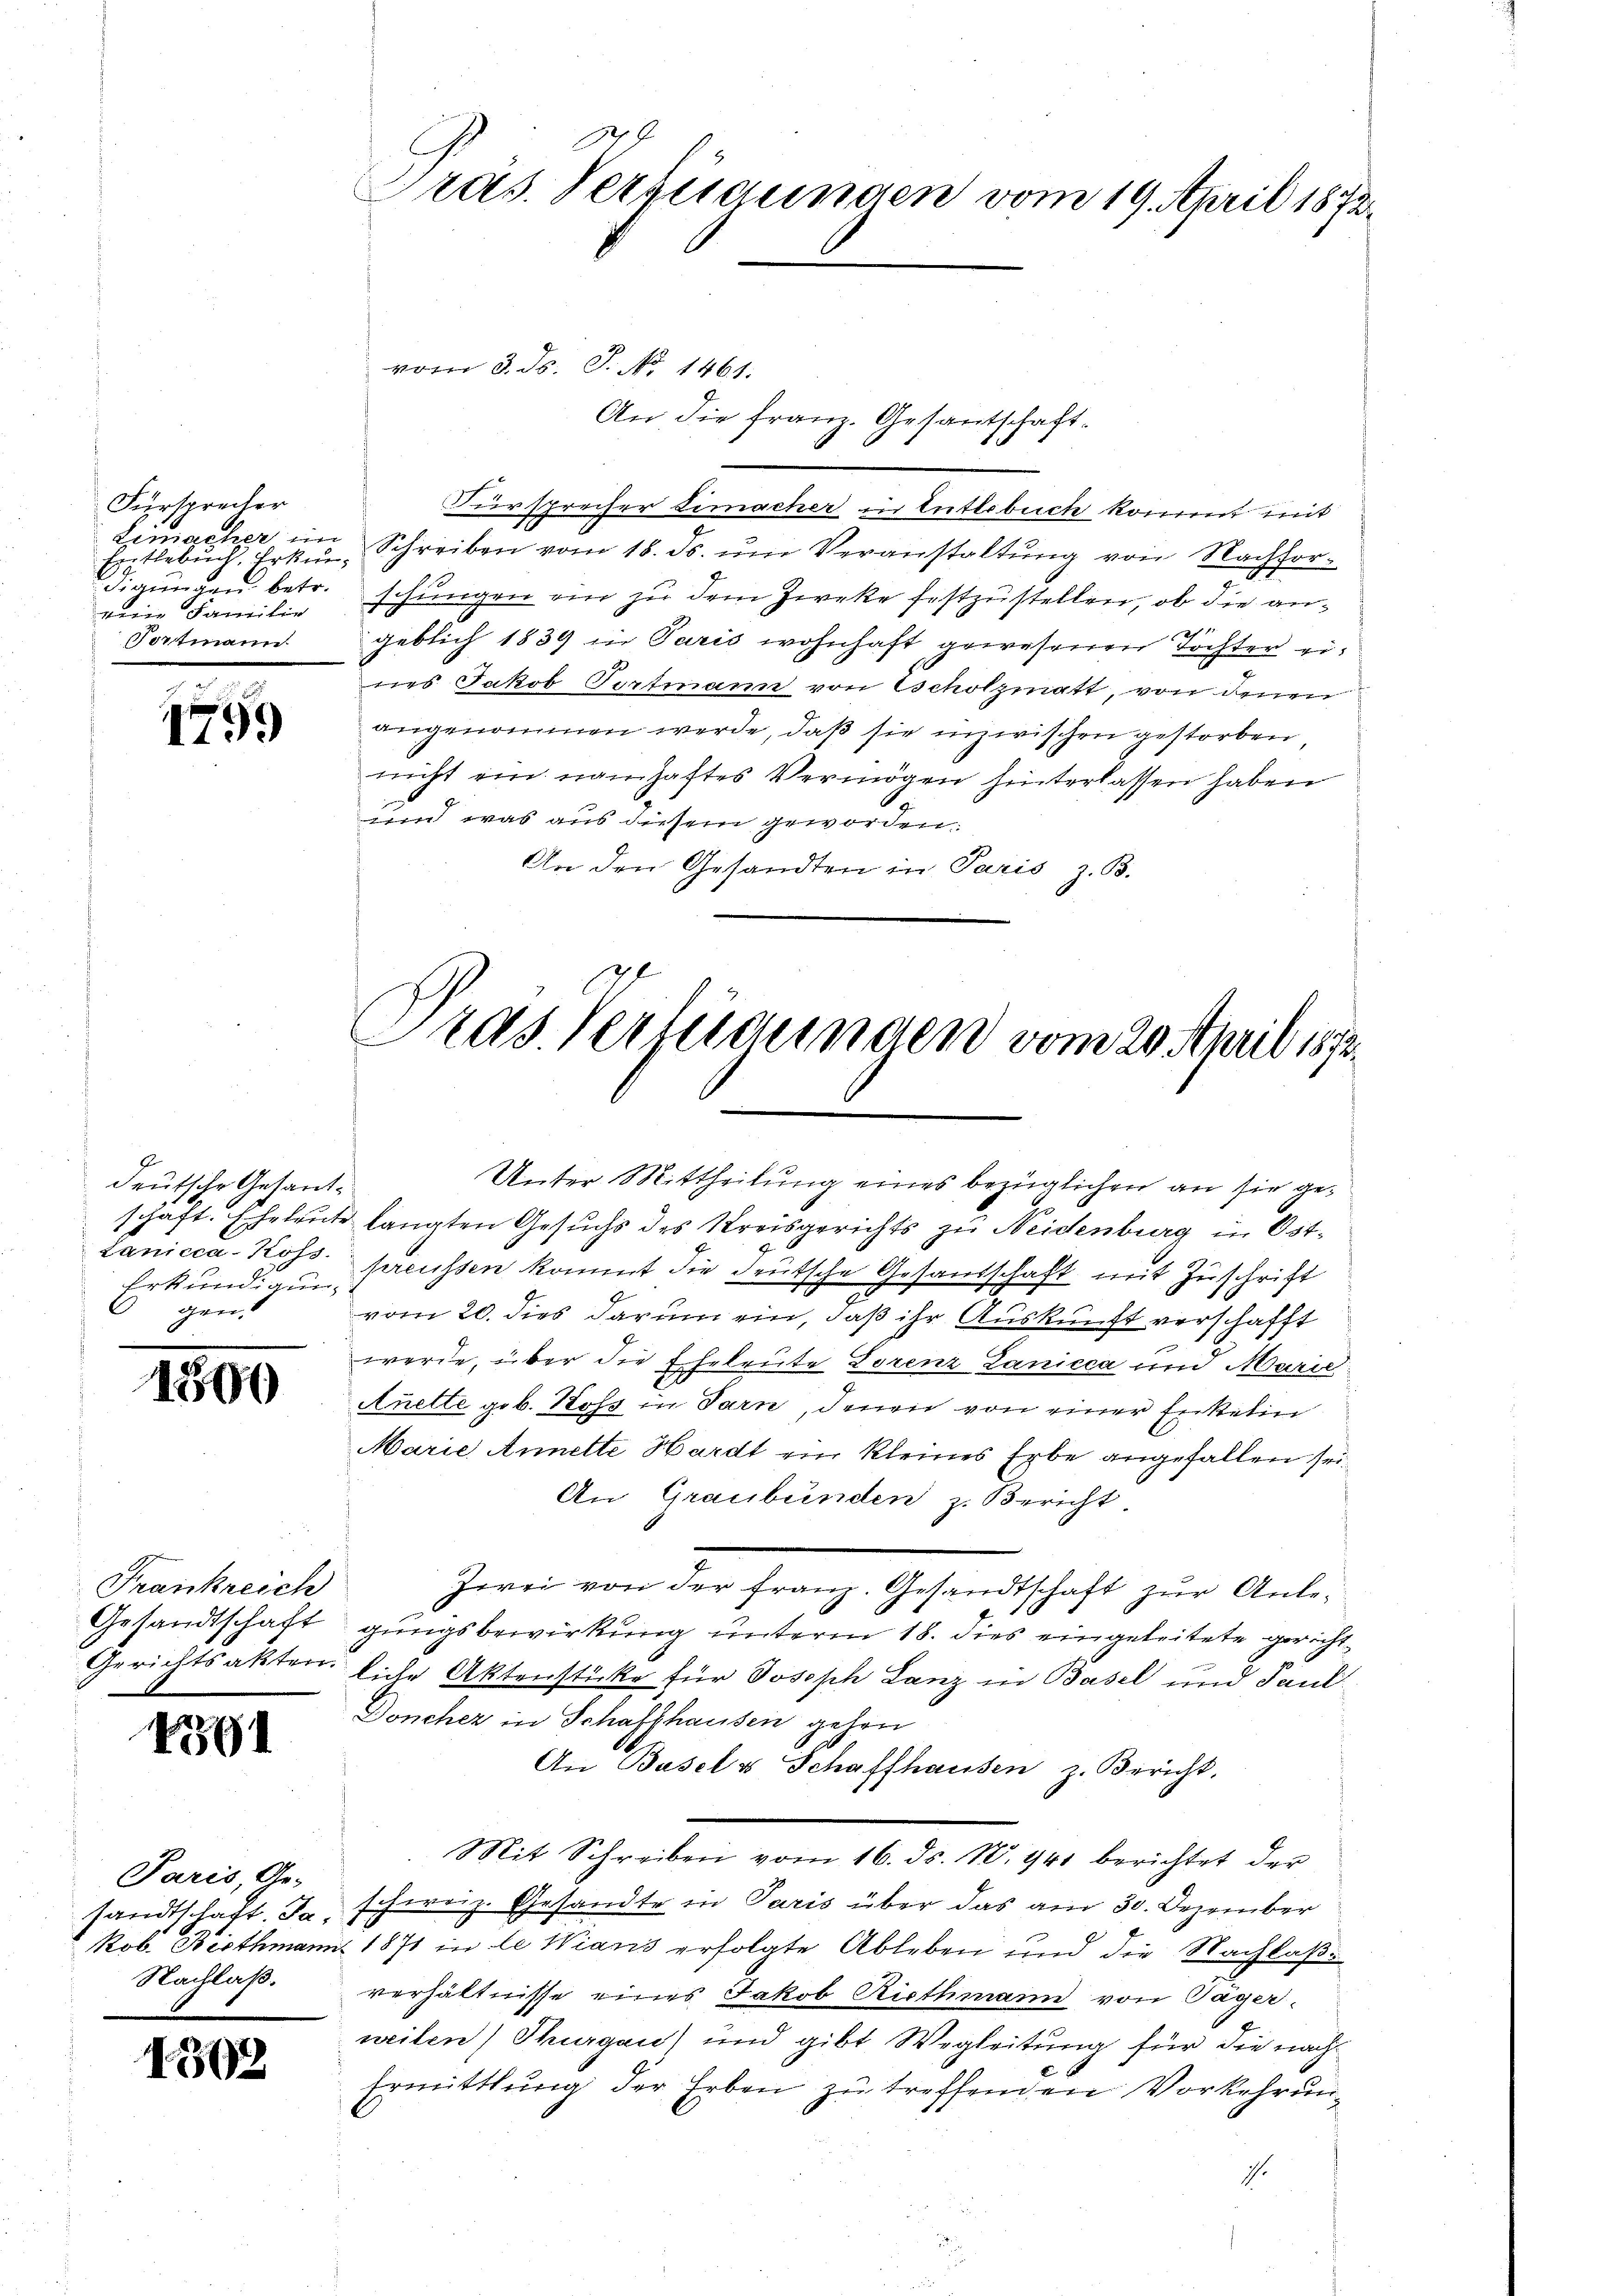
Fürsprecher
Limacher im
Siptlebuch, Erkun
digungen betr.
eene Familie
Portmann

1799

J.
deutsche Gesandschäft. Eheleu
Lanicca-Koss.
Erkundigung
gen.

1809

Frankreich
Gesandtschaft
Gerichtsakten.

191

Paris, Ge-
sandtschaft. Jakob. Bisthmann
Nachlaß.

1502

Pras. Verzigungen vom 19. April 1872.

vom 3. ds. S. No 1461.
An die Franz. Gesantschaft¬
Fürsprecher Limacher in Entlebuch kommt mit
Schreiben vom 18. ds. ŭm Veranstaltung von Nachforschungen ein zu dem Zweke festzustellen, ob die an¬
1
geblich 1839 in Paris wohnhaft gewesenen Tochter eines Jakob Torfmann von scholzmatt, von denen
angenommen werde, daß sie inzwischen gestorben
nicht ein namhaftes Vermögen hinterlassen haben
und was aus diesem geworden.
An den Gesandten in Paris z. B.

ras Verfügungen vom 20. April 1872.
Unter Mittheilung eines bezüglichen an sie ge¬

te langten Gesuchs des Kreisgerichts zu Neidenburg in Ost-
preussen kommt die deutsche Gesandschaft mit Zuschrift
vom 20. dies darum ein, daß ihr Auskunft verschafft
werde, über die Eheleute Lorenz Lanicca um Marie
Auelle geb. Koss in Tarn, denen von einer Enkelin
Marie Annelte Hardt ein kleines Erbe angefallen sei
An Graubünden z. Bericht
Zwei von der franz. Gesandtschaft zur Anlegungsbewirkung unterm 18. dies eingeleitete gericht
liche Aktenstücke für Joseph Lanz in Basel und Paul
Doncher in Schaffhausen gehen
An Basels Schaffhausen z. Bericht.
Mit Schreiben vom 16. ds. N. 941 berichtet der
schweiz. Gesandte in Paris über das am 30. Dezember
1871 in de Wians erfolgte Ableben und die Nachlaßverhältnisse eines Jakob Riethmann von Tager-
weilen) Thurgau) und gibt Wegleitung für die nach¬
Ermittlung der Erben zu treffenden Vorkehrung
.